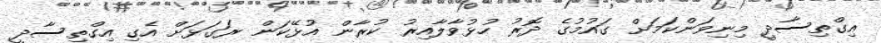
އިގްތިސާދީ މިނިވަންކަމަށް ގައުމުގެ ދޮރު ހުޅުވާލާއިރު ކުރާން އުޅޭކަން ރަގަޅަށް އެގި އިގްތިސާދީ